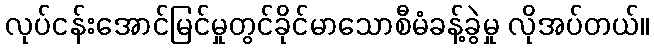
လုပ်ငန်းအောင်မြင်မှုတွင်ခိုင်မာသောစီမံခန့်ခွဲမှု လိုအပ်တယ်။